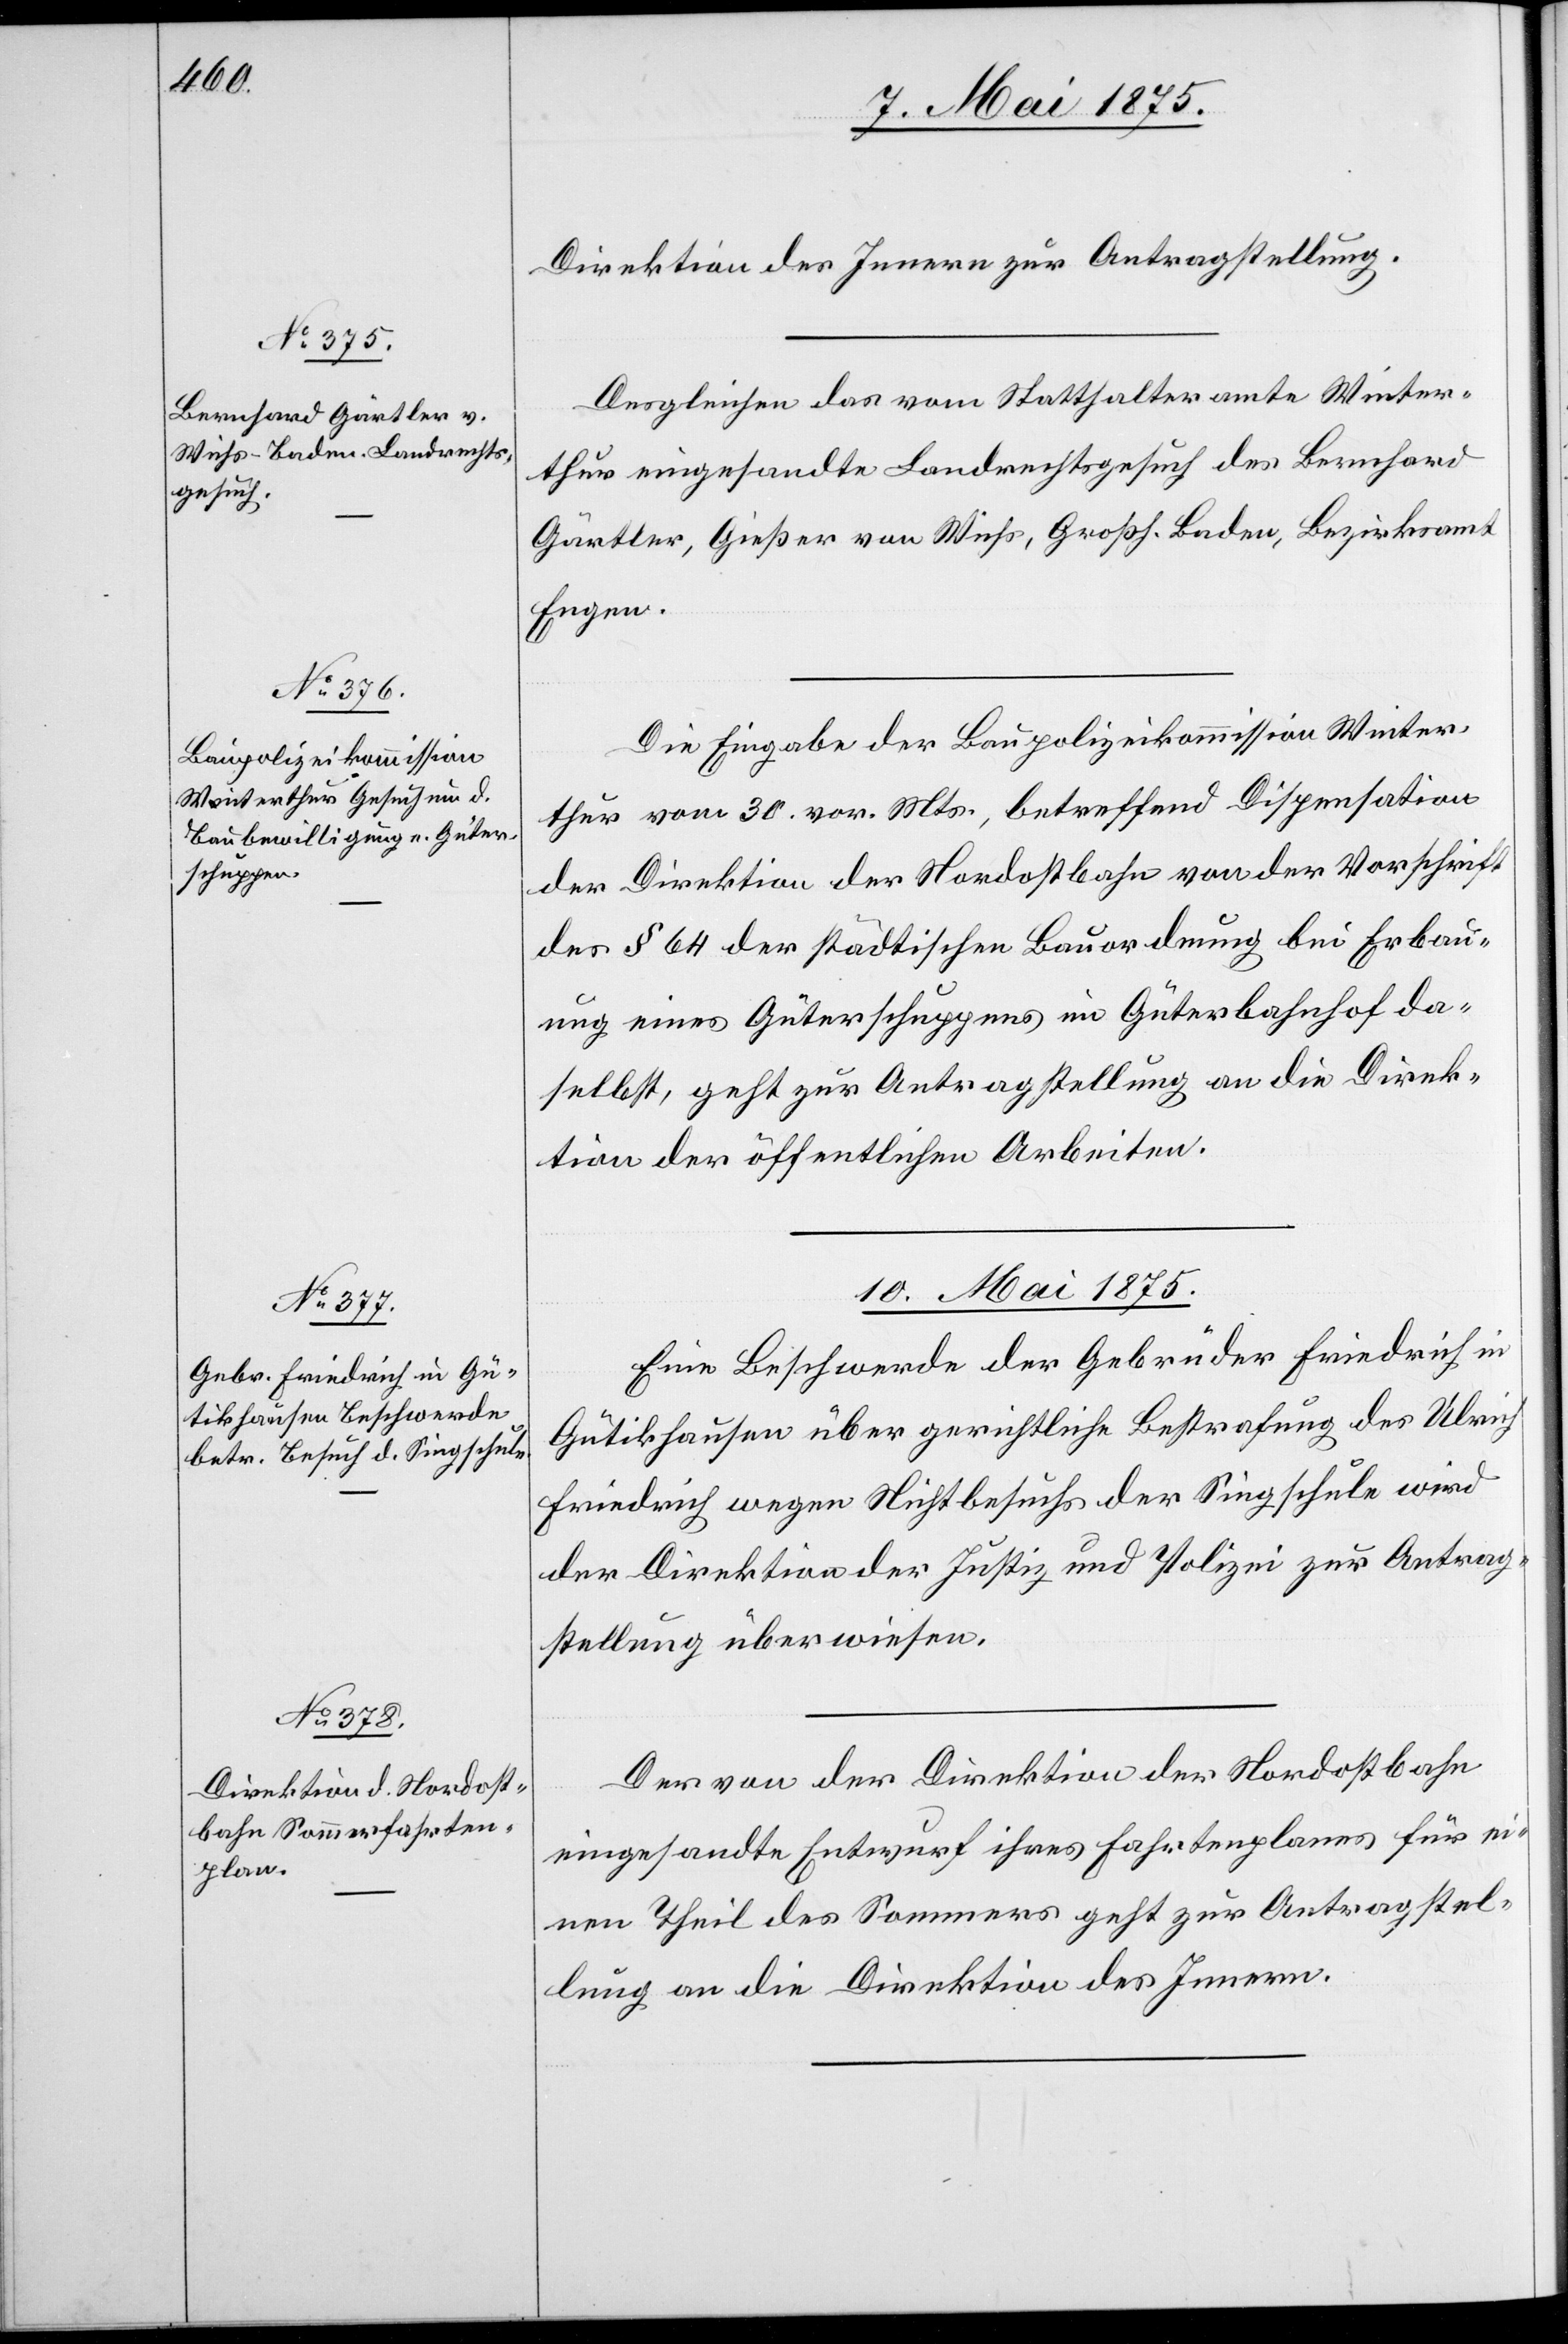
8. Mai 1875.]
Direktion des Innern zur Antragstellung.
Dergleichen das vom Statthalteramte Winter¬
thur eingesandte Landrechtsgesuch des Bernhard
Gärtler, Gießer von Wichs, Großh. Baden, Bezirksamt
Engen.
Die Eingabe der Baupolizeikommission Winter¬
thur vom 30. vor. Mts., betreffend Dispensation
der Direktion der Nordostbahn von der Vorschrift
der § 64 der städtischen Bauordnung bei Erbau¬
ung eines Güterschuppens im Güterbahnhof da¬
selbst, geht zur Antragstellung an die Direk¬
tion der öffentlichen Arbeiten.
10. Mai 1875.]
Eine Beschwerde der Gebrüder Friedrich in
Gütikhausen über gerichtliche Bestrafung des Ulrich
Friedrich wegen Nichtbesuchs der Singschule wird
der Direktion der Justiz und Polizei zur Antrag¬
stellung überwiesen.
Der von der Direktion der Nordostbahn
eingesandte Entwurf ihres Fahrtenplanes für ei¬
nen Theil des Sommers geht zur Antragstel¬
lung an die Direktion des Innern.